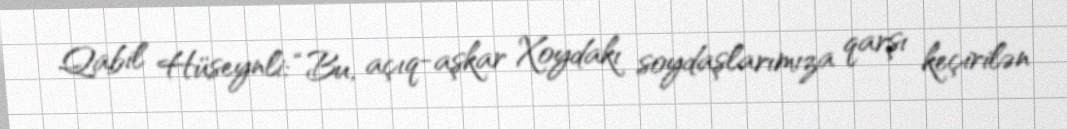
Qabil Hüseynli: “Bu, açıq-aşkar Xoydakı soydaşlarımıza qarşı keçirilən